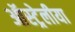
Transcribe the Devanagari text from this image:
ऑस्ट्रेलीया